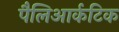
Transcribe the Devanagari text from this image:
पैलिआर्कटिक